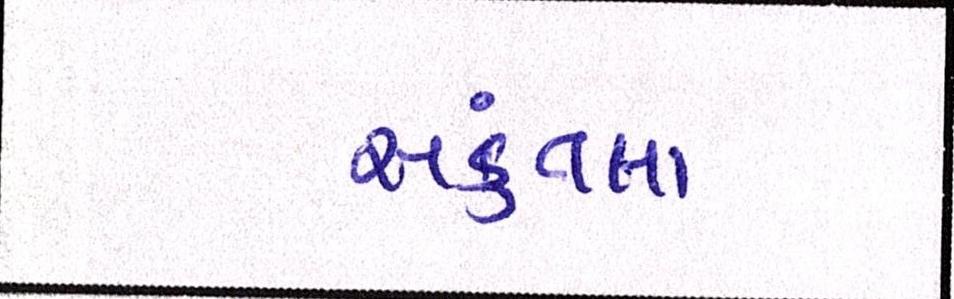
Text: સકુંતલા